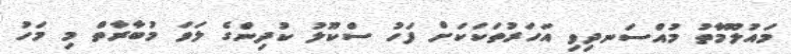
މައުލޫމާތު މުއްސަނދިވި އަހަރުތަކަކަށް ފަހު ސްކޫލު ކުދިންގެ ލަވަ މުބާރާތް މި މަހު